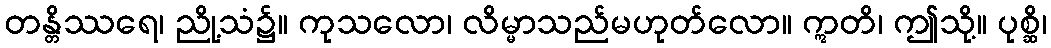
တန္တိဿရေ၊ ညို့သံ၌။ ကုသလော၊ လိမ္မာသည်မဟုတ်လော။ ဣတိ၊ ဤသို့။ ပုစ္ဆိ၊